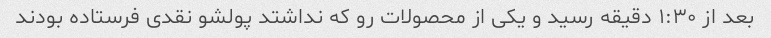
بعد از ١:٣٠ دقیقه رسید و یکی از محصولات رو که نداشتد پولشو نقدی فرستاده بودند